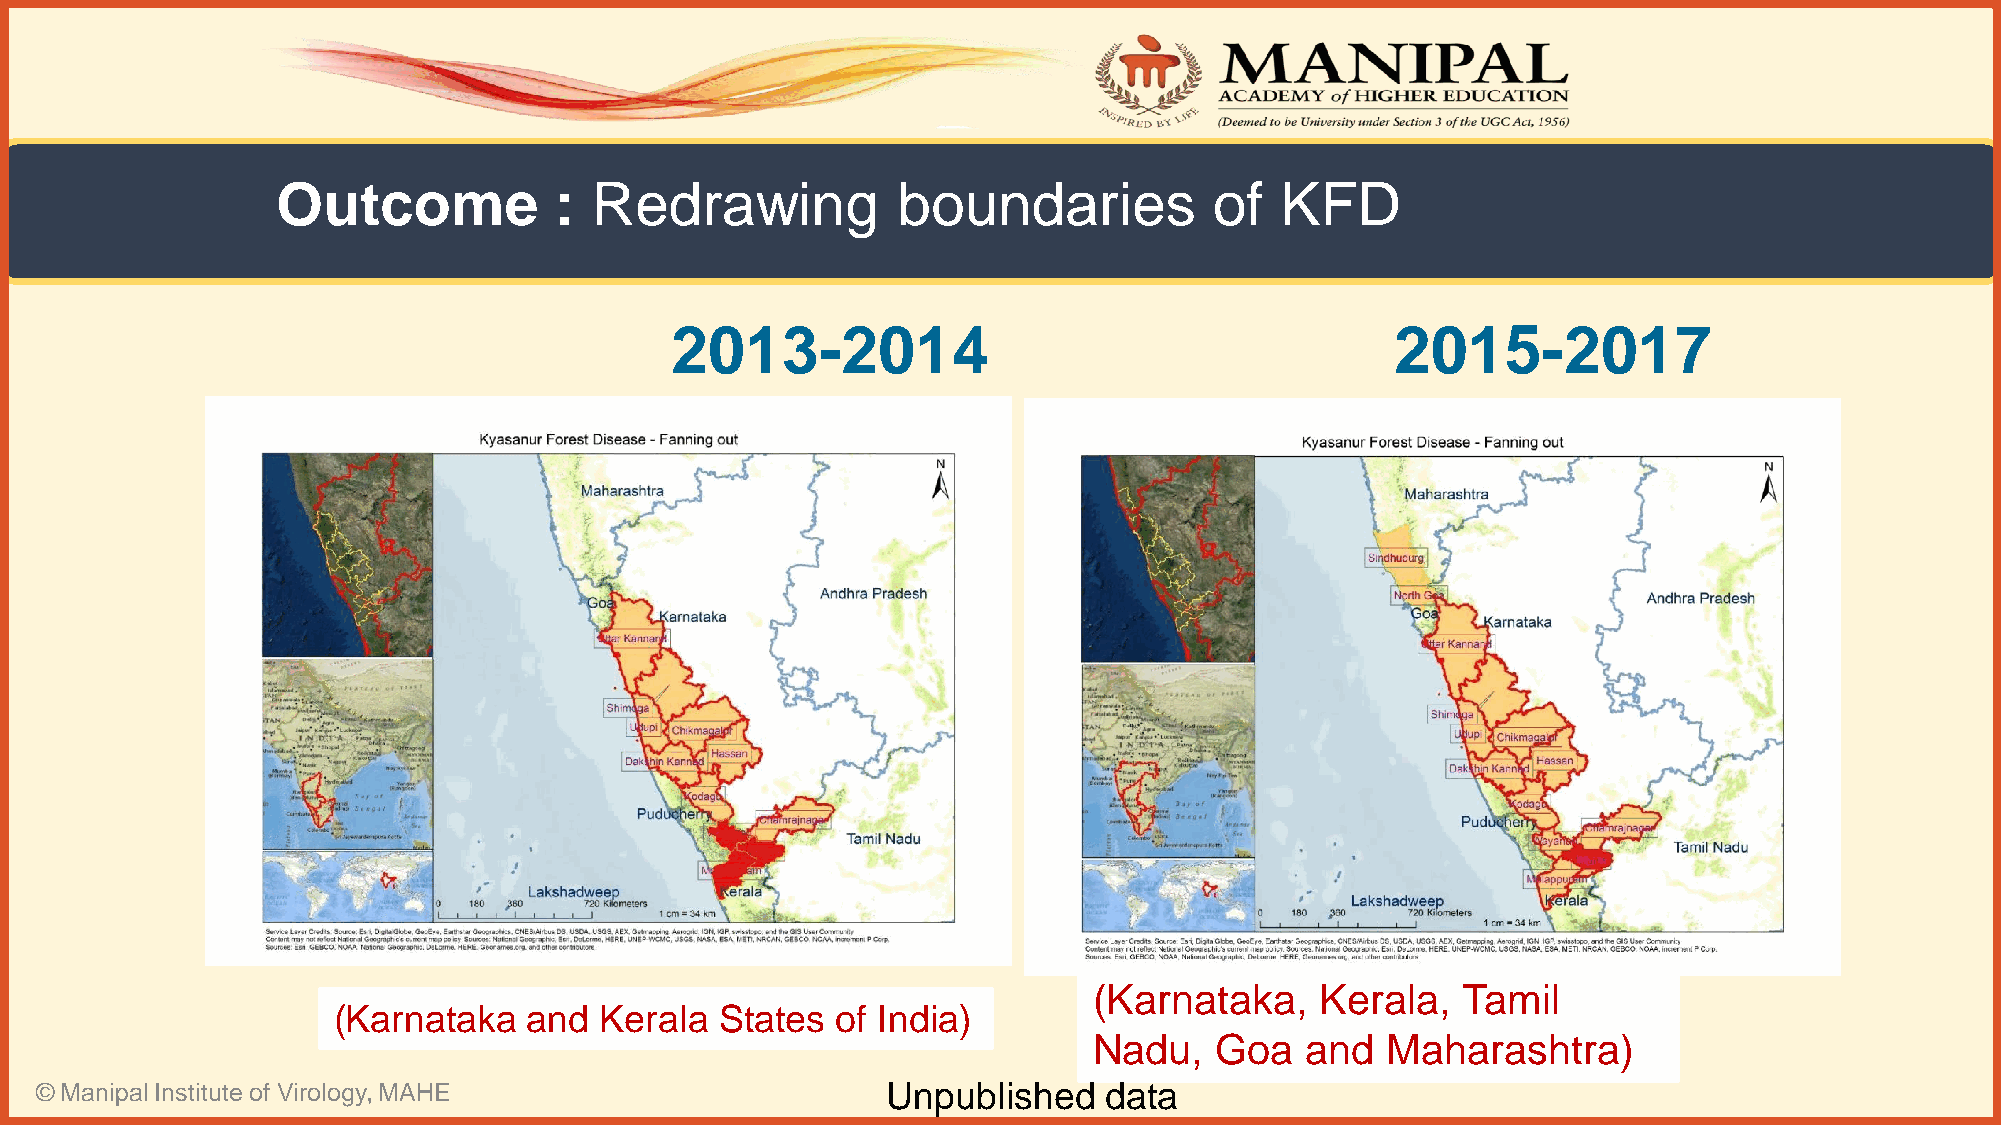
Outcome            : Redrawing           boundaries           of   KFD
 2013-2014                                       2015-2017
 (Karnataka,    Kerala,   Tamil
 (Karnataka   and  Kerala  States of India)
 Nadu,   Goa   and   Maharashtra)
 © Manipal Institute of Virology, MAHE                    Unpublished   data